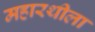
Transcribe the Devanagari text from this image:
महारथीला